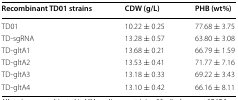
<table><thead><tr><td><b>Recombinant TD01 strains</b></td><td><b>CDW (g/L)</b></td><td><b>PHB (wt%)</b></td></tr></thead><tbody><tr><td>TD01</td><td>10.22 ± 0.25</td><td>77.68 ± 3.75</td></tr><tr><td>TD-sgRNA</td><td>13.28 ± 0.57</td><td>63.80 ± 3.08</td></tr><tr><td>TD-gltA1</td><td>13.68 ± 0.21</td><td>66.79 ± 1.59</td></tr><tr><td>TD-gltA2</td><td>13.53 ± 0.41</td><td>71.77 ± 7.16</td></tr><tr><td>TD-gltA3</td><td>13.18 ± 0.33</td><td>69.22 ± 3.43</td></tr><tr><td>TD-gltA4</td><td>13.10 ± 0.42</td><td>66.16 ± 8.11</td></tr></tbody></table>